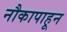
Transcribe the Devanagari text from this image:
नौकापाहून